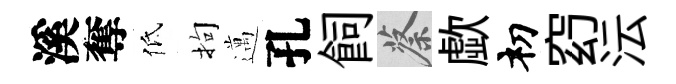
溪奪低拘邁孔飼蔡歔𥘉𥥆沄